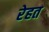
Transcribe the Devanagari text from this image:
रेहत